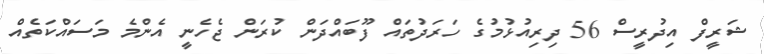
ޝަރީފް އިދުރީސް 56 ދިރިއުޅުމުގެ ހަރަދުތައް ފޫބައްދަން ކުރަން ޖެހެނީ އެންމެ މަސައްކަތެއް